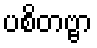
ပစိတဗ္ဗာ